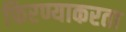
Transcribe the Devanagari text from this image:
फिरण्याकरता